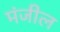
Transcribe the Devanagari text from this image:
मंजील